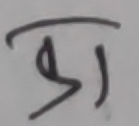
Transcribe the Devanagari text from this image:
का